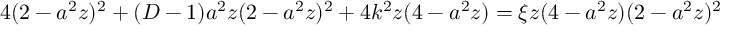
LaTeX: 4 ( 2 - a ^ { 2 } z ) ^ { 2 } + ( D - 1 ) a ^ { 2 } z ( 2 - a ^ { 2 } z ) ^ { 2 } + 4 k ^ { 2 } z ( 4 - a ^ { 2 } z ) = \xi z ( 4 - a ^ { 2 } z ) ( 2 - a ^ { 2 } z ) ^ { 2 }